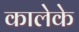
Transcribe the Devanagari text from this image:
कालेके